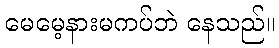
မေမေ့နားမကပ်ဘဲ နေသည်။